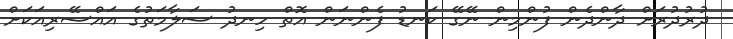
ދުރުދުރަށް ދާންދެން ފުންމިން ނޭގޭ ކަނޑު ފެންނަން އޮތް ހިނދު ސަލާމަތުގެ އައްސޭރިއަކަށް